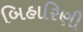
બિહારિણી